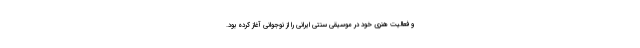
و فعالیت هنری خود در موسیقی سنتی ایرانی را از نوجوانی آغاز کرده بود.